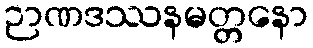
ဉာဏဒဿနမတ္တနော